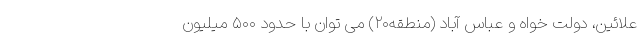
علائین، دولت خواه و عباس آباد (منطقه۲۰) می توان با حدود ۵۰۰ میلیون